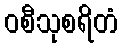
ဝစီသုစရိတံ